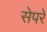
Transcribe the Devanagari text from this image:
सेपरे